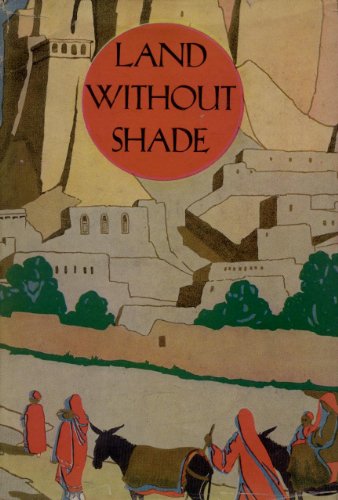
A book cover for Land Without Shade : Exploration in Yemen; Hans Helfritz; Travel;